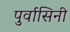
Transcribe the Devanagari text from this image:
पुर्वासिनी